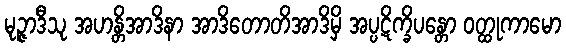
မုဉ္ဇာဒီသု အဟန္တိအာဒိနာ အာဒိတောတိအာဒိမှိ အပ္ပဋိက္ခိပန္တော ဝတ္ထုကာမော